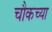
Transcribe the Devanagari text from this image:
चौकच्या